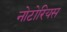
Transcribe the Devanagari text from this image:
नोटोरियस